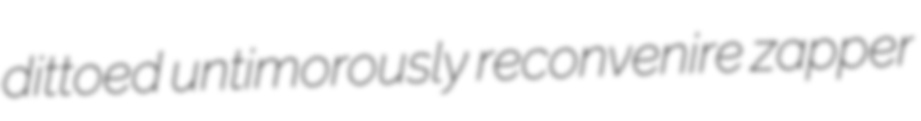
dittoed untimorously reconvenire zapper